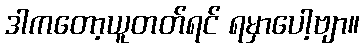
ဒါကတော့ယူတတ်ရင် ရမှာပေါ့ဗျာ။